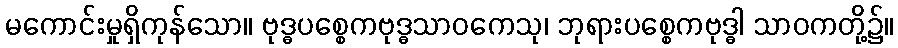
မကောင်းမှုရှိကုန်သော။ ဗုဒ္ဓပစ္စေကဗုဒ္ဓသာဝကေသု၊ ဘုရားပစ္စေကဗုဒ္ဓါ သာဝကတို့၌။